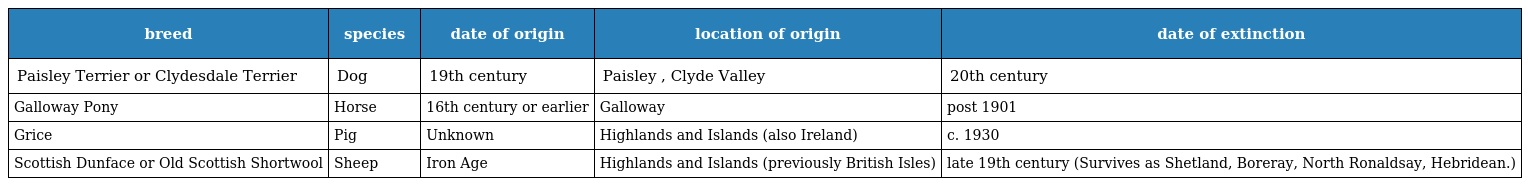
| breed | species | date of origin | location of origin | date of extinction |
 | --- | --- | --- | --- | --- |
 | Paisley Terrier or Clydesdale Terrier | Dog | 19th century | Paisley , Clyde Valley | 20th century |
 | Galloway Pony | Horse | 16th century or earlier | Galloway | post 1901 |
 | Grice | Pig | Unknown | Highlands and Islands (also Ireland) | c. 1930 |
 | Scottish Dunface or Old Scottish Shortwool | Sheep | Iron Age | Highlands and Islands (previously British Isles) | late 19th century (Survives as Shetland, Boreray, North Ronaldsay, Hebridean.) |